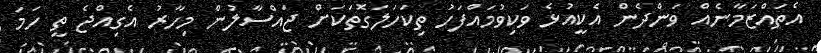
އެތައްޒަމާނެއް ވަންދެން އެކީއުޅެ ވަކިވުމައްފަހު ތިކަހަލަގޮތަކަށް ޖައްސާލުން މިހާރު އެގިއްޖެ ތީ ހަމަ